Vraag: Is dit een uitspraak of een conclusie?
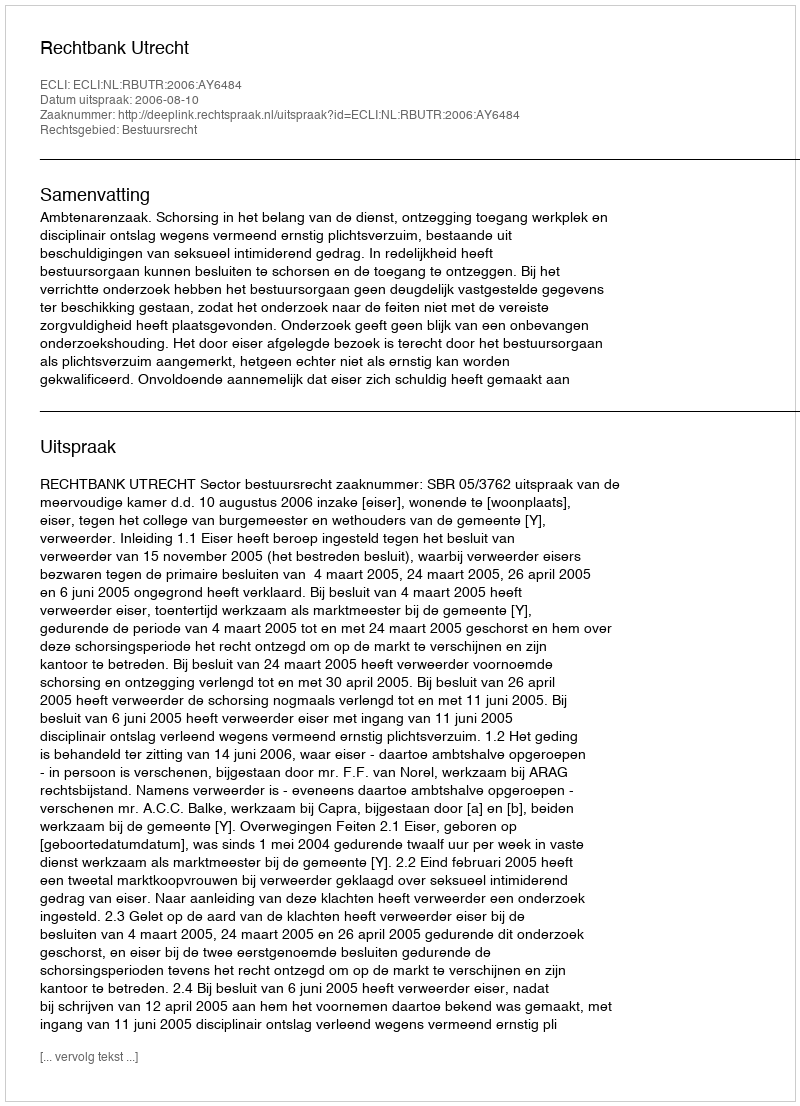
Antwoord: Uitspraak